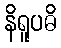
နိရူပဓိ